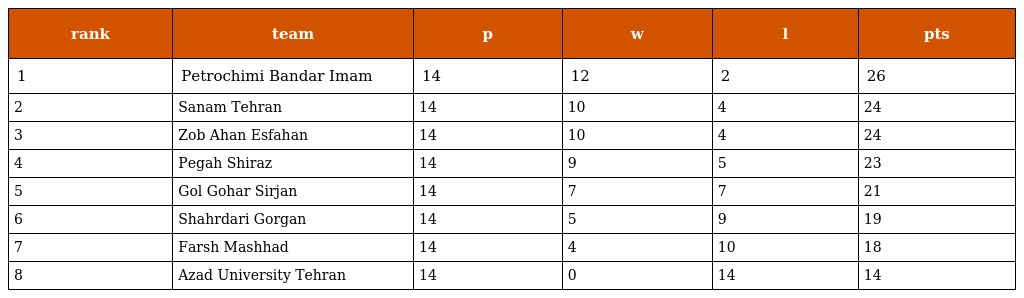
| rank | team | p | w | l | pts |
 | --- | --- | --- | --- | --- | --- |
 | 1 | Petrochimi Bandar Imam | 14 | 12 | 2 | 26 |
 | 2 | Sanam Tehran | 14 | 10 | 4 | 24 |
 | 3 | Zob Ahan Esfahan | 14 | 10 | 4 | 24 |
 | 4 | Pegah Shiraz | 14 | 9 | 5 | 23 |
 | 5 | Gol Gohar Sirjan | 14 | 7 | 7 | 21 |
 | 6 | Shahrdari Gorgan | 14 | 5 | 9 | 19 |
 | 7 | Farsh Mashhad | 14 | 4 | 10 | 18 |
 | 8 | Azad University Tehran | 14 | 0 | 14 | 14 |